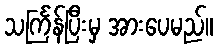
သင်္ကြန်ပြီးမှ အားပေမည်။